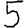
Digit: 5